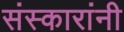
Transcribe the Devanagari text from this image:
संस्कारांनी